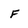
Character: F